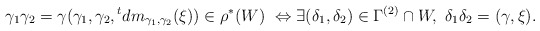
\begin{align*}\gamma_1\gamma_2=\gamma (\gamma_1,\gamma_2,{}^tdm_{\gamma_1,\gamma_2}(\xi))\in \rho^*(W)\ \Leftrightarrow \exists (\delta_1,\delta_2)\in \Gamma^{(2)}\cap W, \ \delta_1\delta_2=(\gamma,\xi).\end{align*}